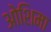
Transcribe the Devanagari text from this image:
ओशिमा